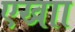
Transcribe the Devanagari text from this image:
एखाा